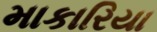
માકારિયા